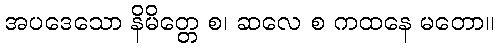
အပဒေသော နိမိတ္တေ စ၊ ဆလေ စ ကထနေ မတော။